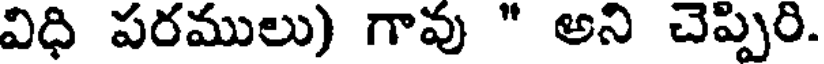
విధి పరములు) గావు " అని చెప్పిరి.